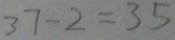
3 7 - 2 = 3 5